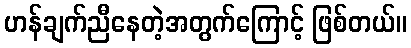
ဟန်ချက်ညီနေတဲ့အတွက်ကြောင့် ဖြစ်တယ်။